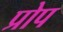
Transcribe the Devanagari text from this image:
प्रोप